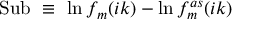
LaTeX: \mathrm { S u b } \ \equiv \ \ln f _ { m } ( i k ) - \ln f _ { m } ^ { a s } ( i k )